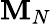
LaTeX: \mathbf{M}_{N}